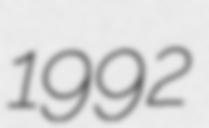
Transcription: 1992